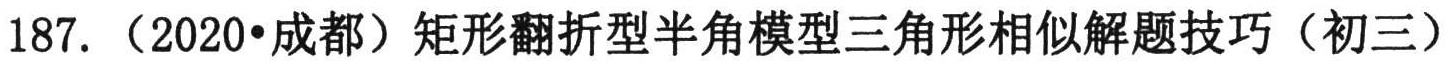
187.（2020•成都）矩形翻折型半角模型三角形相似解题技巧（初三）